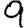
Digit: 9